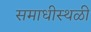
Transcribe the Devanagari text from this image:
समाधीस्थळी